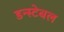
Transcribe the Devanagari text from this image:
डन्स्टेबल